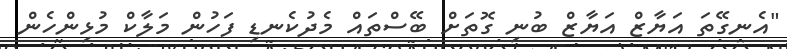
"އެނގޭތަ އަޔާޒް އަޔާޒް ބުނި ގޮތަށް ބޭސްތައް މެދުކެނޑި ފަހުން މަލާކް މުޅިންހެން